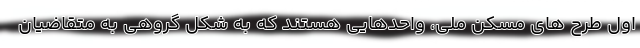
اول طرح های مسکن ملی، واحدهایی هستند که به شکل گروهی به متقاضیان